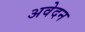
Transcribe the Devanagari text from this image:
अवेदन